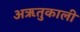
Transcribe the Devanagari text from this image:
अऋतुकाली